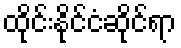
ထိုင်းနိုင်ငံဆိုင်ရာ